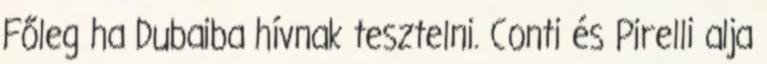
Főleg ha Dubaiba hívnak tesztelni. Conti és Pirelli alja